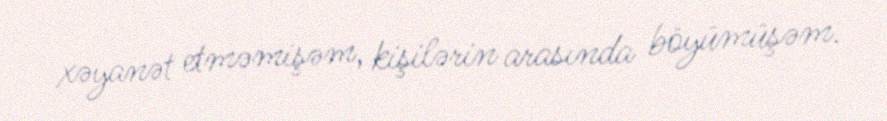
xəyanət etməmişəm, kişilərin arasında böyümüşəm.